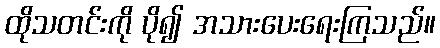
ထိုသတင်းကို ပို၍ အသားပေးရေးကြသည်။